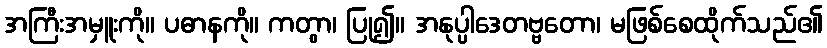
အကြီးအမှူးကို။ ပဓာနကို။ ကတွာ၊ ပြု၍။ အနုပ္ပါဒေတဗ္ဗတော၊ မဖြစ်စေထိုက်သည်၏